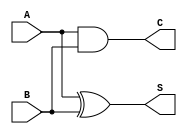
module current_mode_half_adder (
    input wire A, // Current input A
    input wire B, // Current input B
    output wire S, // Sum output
    output wire C  // Carry output
);

// Internal signals for intermediate calculations
wire xor_result; // Result of the XOR operation
wire and_result; // Result of the AND operation

// Sum Calculation: S = A XOR B
assign xor_result = A ^ B; // XOR operation
assign S = xor_result; // Assigning to Sum output

// Carry Calculation: C = A AND B
assign and_result = A & B; // AND operation
assign C = and_result; // Assigning to Carry output

endmodule